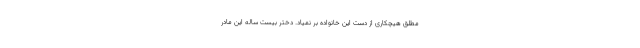
مطلق هیچکاری از دست این خانواده بر نمیاد. دختر بیست ساله این مادر